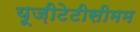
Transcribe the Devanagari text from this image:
यूज़ीटेटीसीमम